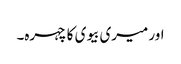
اور میری بیوی کا چہرہ۔